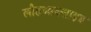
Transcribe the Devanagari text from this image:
लौहआक्साइड